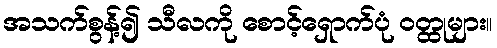
အသက်စွန့်၍ သီလကို စောင့်ရှောက်ပုံ ဝတ္ထုများ။